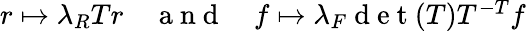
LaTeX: \begin{array}{r}{r\mapsto\lambda_{R}Tr\quad\mathrm{~a~n~d~}\quad f\mapsto\lambda_{F}\mathrm{~d~e~t~}(T)T^{-T}f}\end{array}